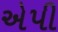
એપી